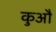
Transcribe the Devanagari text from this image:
कुऔ